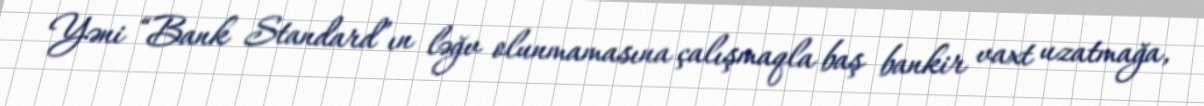
Yəni “Bank Standard”ın ləğv olunmamasına çalışmaqla baş bankir vaxt uzatmağa,